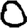
Digit: 0